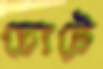
চোটে